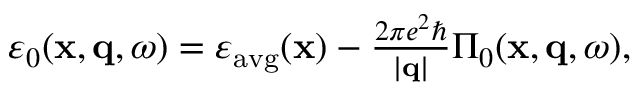
\begin{array} { r } { \varepsilon _ { 0 } ( \mathbf { x } , \mathbf { q } , \omega ) = \varepsilon _ { \mathrm { a v g } } ( \mathbf { x } ) - \frac { 2 \pi e ^ { 2 } \hbar } { | \mathbf { q } | } \Pi _ { 0 } ( \mathbf { x } , \mathbf { q } , \omega ) , } \end{array}